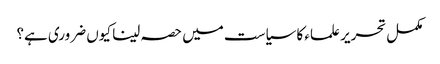
مکمل تحریر علماء کا سیاست میں حصہ لینا کیوں ضروری ہے؟